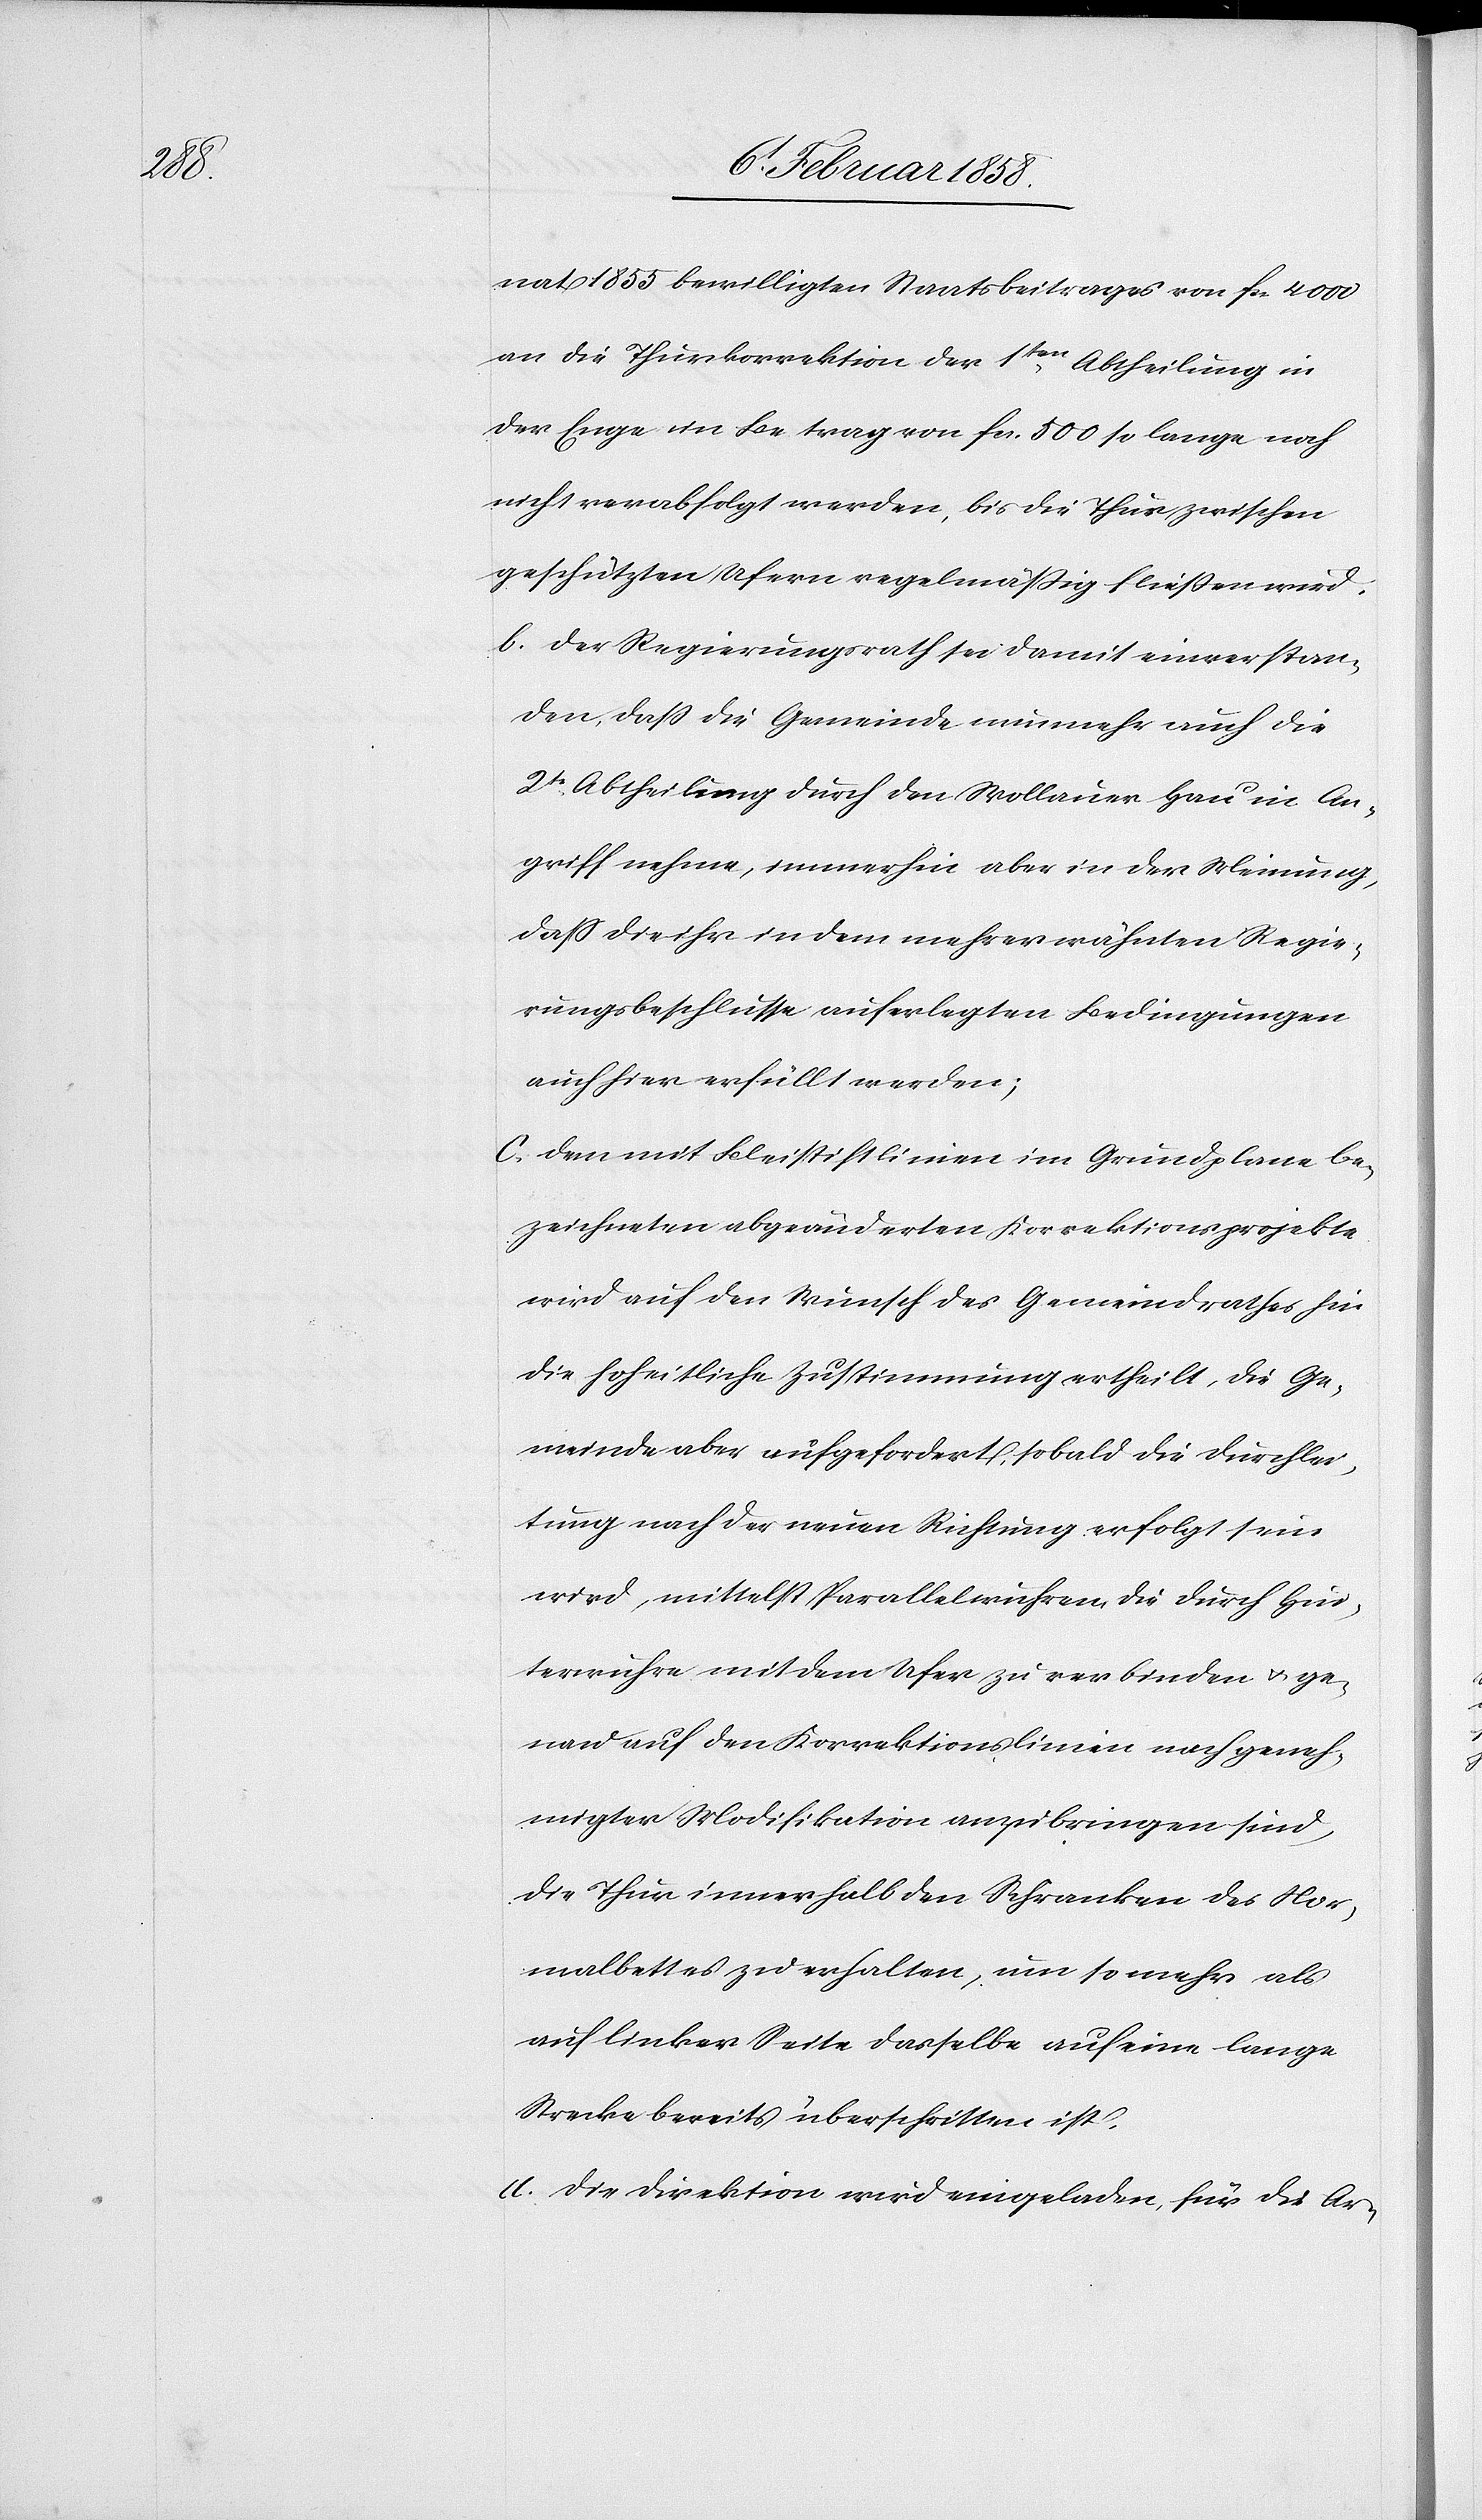
nat 1855 bewilligten Staatsbeitrages von fc. 4000
an die Thurkorrektion der 1ten Abtheilung in
der Enge im Betrag von fcs. 500 so lange noch
nicht verabfolgt werden, bis die Thur zwischen
geschützten Ufern regelmäßig fließen wird.
b. Der Regierungsrath sei damit einverstan¬
den, daß die Gemeinde nunmehr auch die
2te Abtheilung durch den Wollauer Hau in An¬
griff nehme, immerhin aber in der Meinung,
daß die ihr in dem mehrerwähnten Regie¬
rungsbeschlusse auferlegten Bedingungen
auch hier erfüllt werden;
c. Dem mit Bleistiftlinien im Grundplane be¬
zeichneten abgeänderten Korrektionsprojekte
wird auf den Wunsch des Gemeindrathes hin
die hoheitliche Zustimmung ertheilt, die Ge¬
meinde aber aufgefordert, sobald die Durchlei¬
tung nach der neuen Richtung erfolgt sein
wird, mittelst Parallelwuhren, die durch Hin¬
terwühre mit dem Ufer zu verbinden u. ge¬
nau auf den Korrektionslinien nach geneh¬
migter Modifikation anzubringen sind,
die Thur innerhalb den Schranken des Nor¬
malbettes zu erhalten, um so mehr als
auf linker Seite dasselbe auf eine lange
Strecke bereits überschritten ist.
d. Die Direktion wird eingeladen, für die Ar-